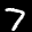
Label: 7